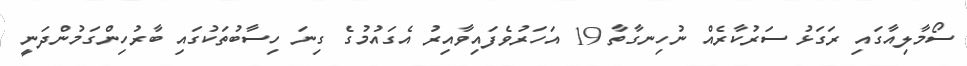
ސޯމާލިއާގައި ރަގަޅު ސަރުކާރެއް ނުހިނގާތާ 19 އަހަރުވެފައިވާއިރު އެގައުމުގެ ގިނަ ހިސާބުތަކުގައި ބާރުހިންގަމުންދަނީ